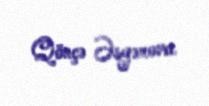
Qönçə Əsgərova